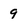
Character: 9